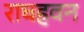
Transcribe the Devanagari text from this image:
राघहवन